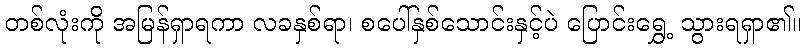
တစ်လုံးကို အမြန်ရှာရကာ လခနှစ်ရာ၊ စပေါ်နှစ်သောင်းနှင့်ပဲ ပြောင်းရွှေ့ သွားရရှာ၏။